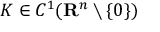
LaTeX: K \in C ^ { 1 } ( \mathbf { R } ^ { n } \setminus \{ 0 \} )